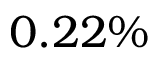
0 . 2 2 \%